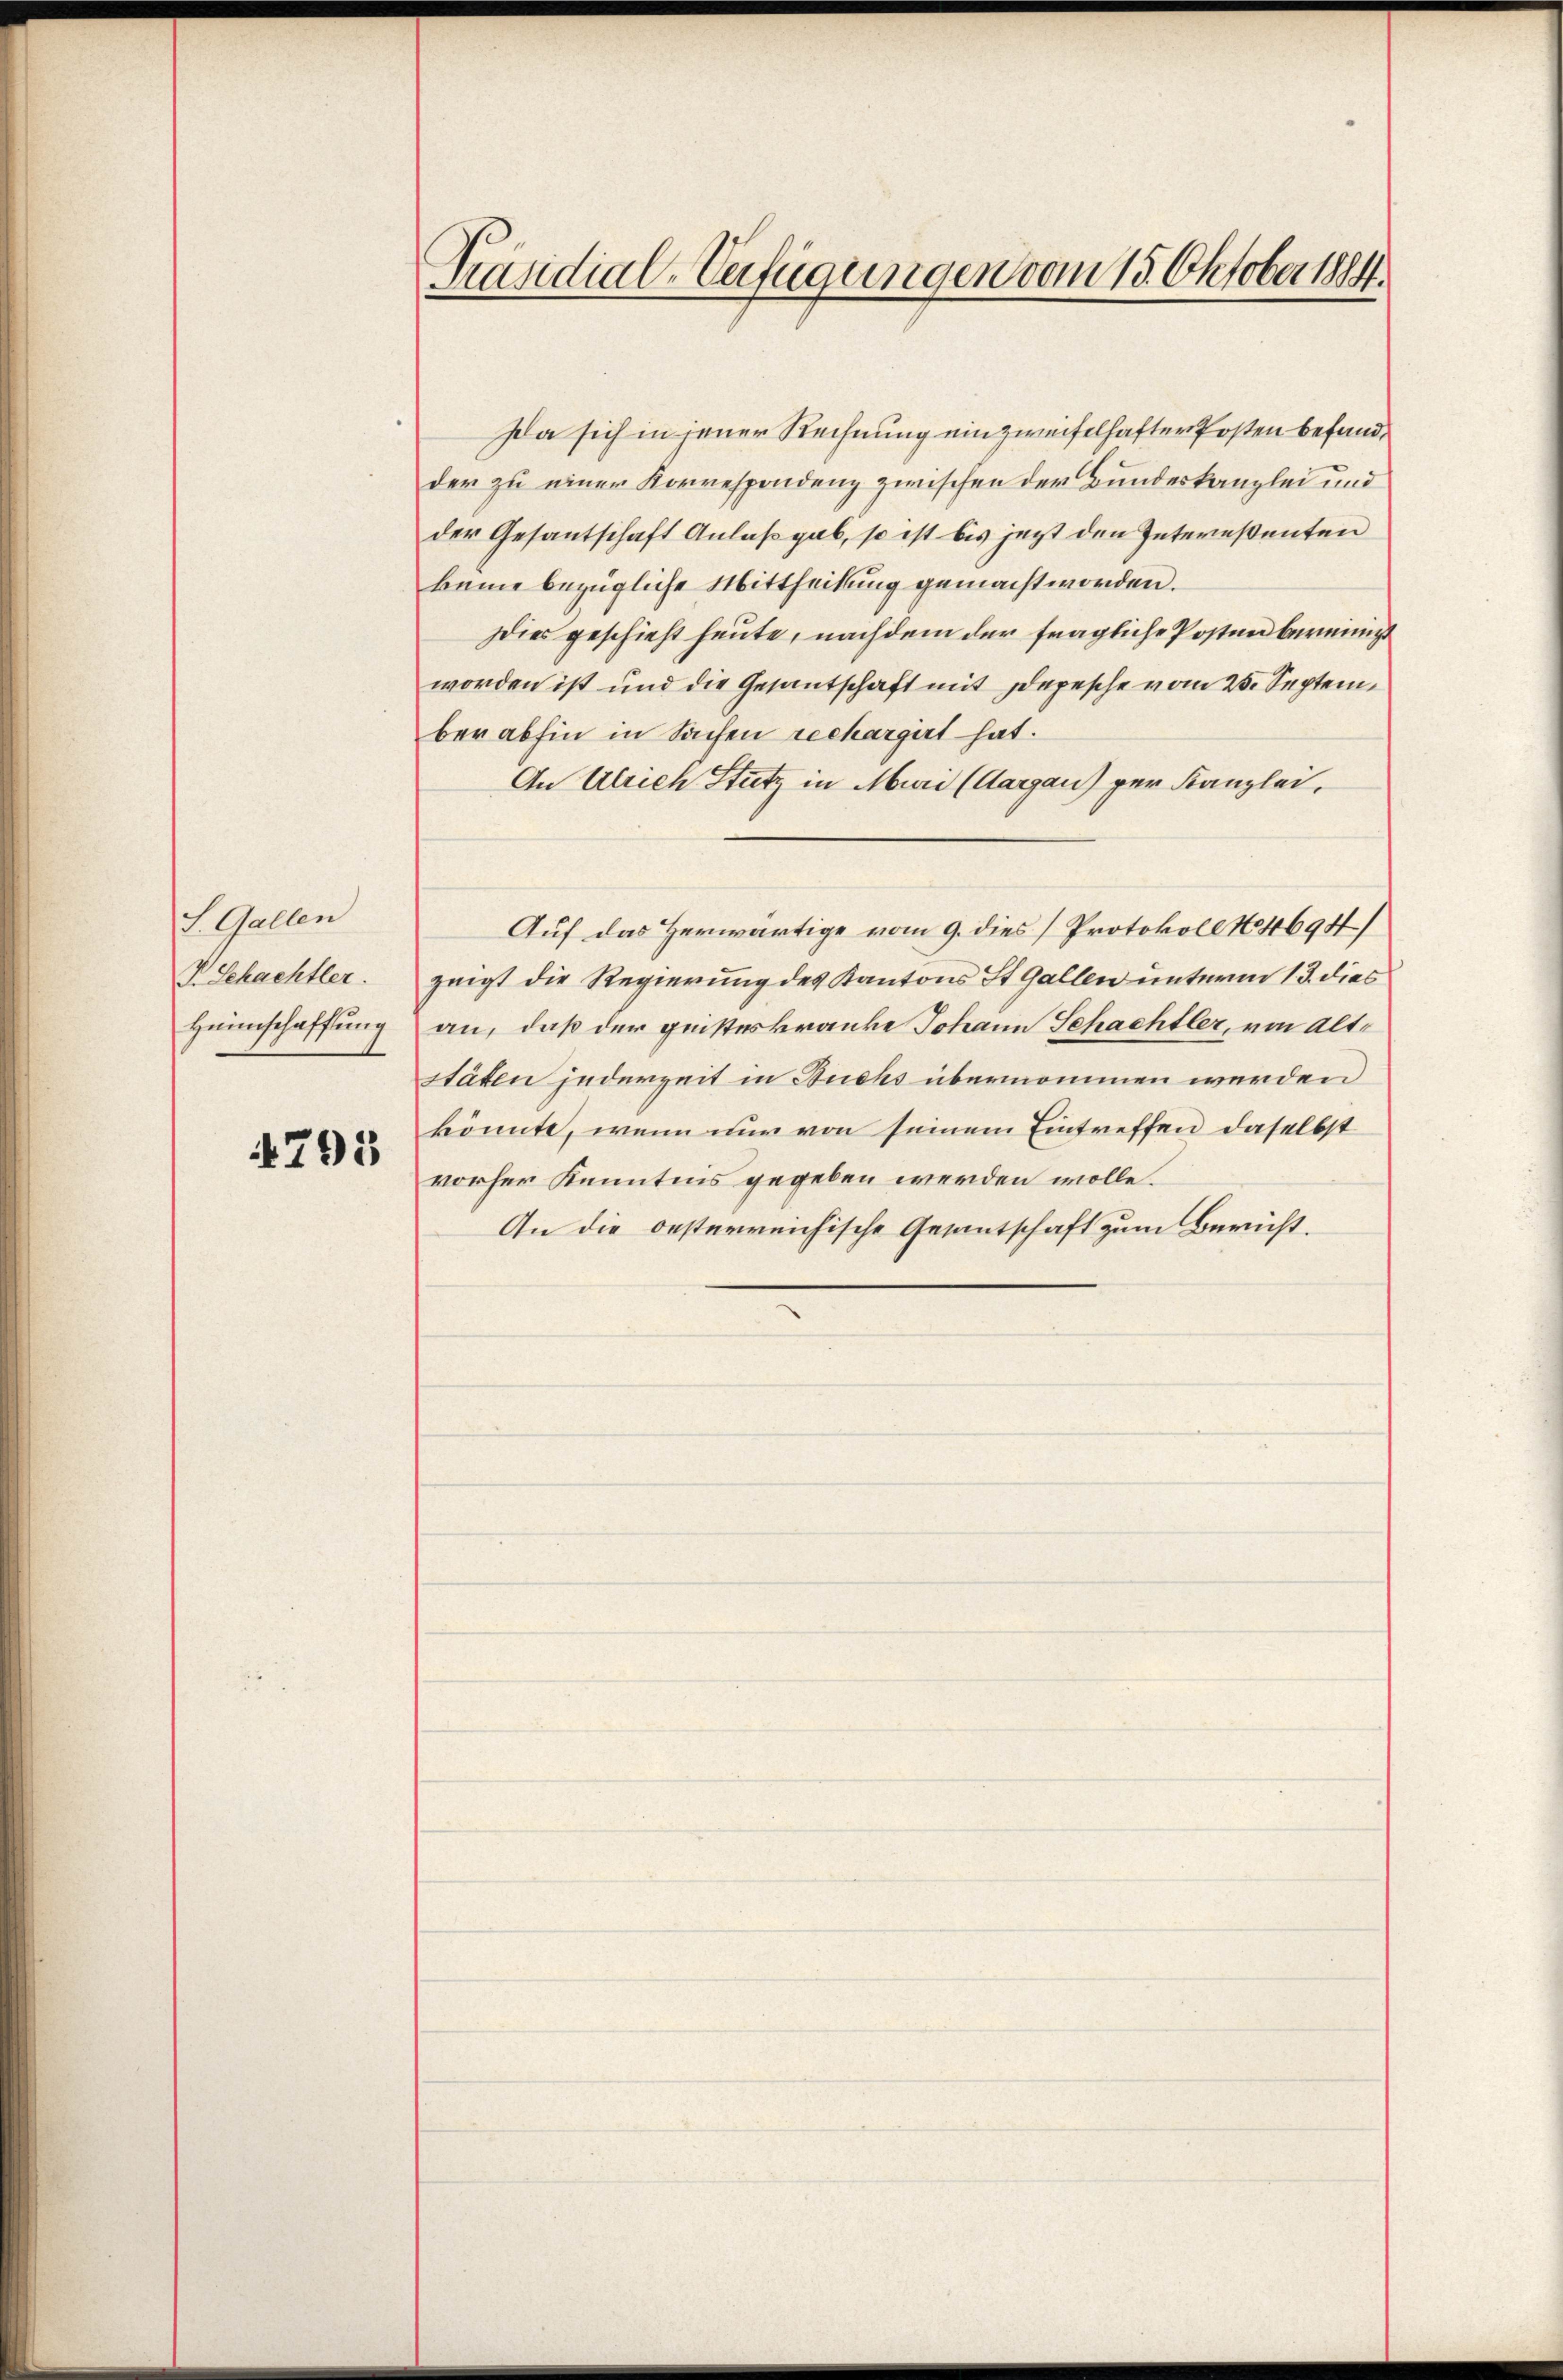
S. Gallen
V. Schachtler.
Heimschaffung

4795

Präsidial-Verfügungen vom 15. Oktober 1884.

Da sich in jener Rechnung ein zweifelhafter Posten befand,
der zu einer Korrespondenz zwischen der Bundeskanzlei und
der Gesantschaft Anlaß gab, so ist bis jezt den Intereßanten
keine bezügliche Mittheilung gemacht worden.
Dies geschieht heute, nachdem der fragliche Posten bereinigt
worden ist und die Gesantschaft mit Depesche vom 25. September abhin in Sachen rechargirt hat.
An Ulrich Stutz in Muri (Aargau) per Kanzlei,
Auf das Herwärtige vom 9. dies Protokoll No 4694/
zeigt die Regierung des Kantons St. Gallen unterm 13. dies
an, daß der geisteskranke Johann Schachtler, von Altstäten jederzeit in Buchs übernommen werden
könnte, wenn nur von seinem Eintreffen daselbst
vorher Kenntnis gegeben werden wolle.
An die besterreichische Gesantschaft zum Bericht.